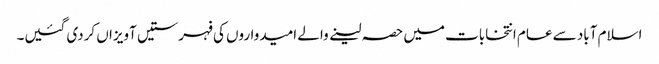
اسلام آباد سے عام انتخابات میں حصہ لینے والے امیدواروں کی فہرستیں آویزاں کردی گئیں۔